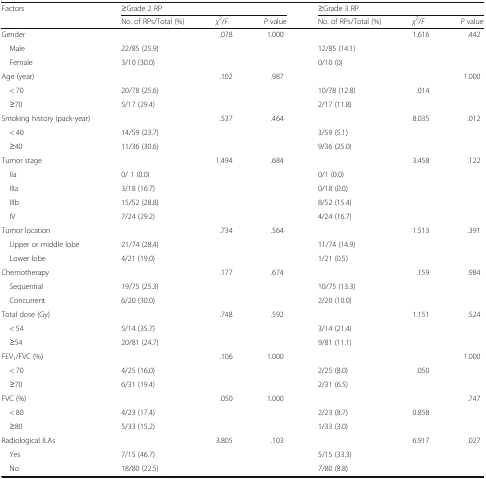
<table><thead><tr><td rowspan="2"><b>Factors</b></td><td colspan="3"><b>≥Grade 2 RP</b></td><td colspan="3"><b>≥Grade 3 RP</b></td></tr><tr><td><b>No. of RPs/Total (%)</b></td><td><b><i>χ</i><sup>2</sup>/<i>F</i></b></td><td><b><i>P</i> value</b></td><td><b>No. of RPs/Total (%)</b></td><td><b><i>χ</i><sup>2</sup>/<i>F</i></b></td><td><b><i>P</i> value</b></td></tr></thead><tbody><tr><td>Gender</td><td></td><td>.078</td><td>1.000</td><td></td><td>1.616</td><td>.442</td></tr><tr><td> Male</td><td>22/85 (25.9)</td><td></td><td></td><td>12/85 (14.1)</td><td></td><td></td></tr><tr><td> Female</td><td>3/10 (30.0)</td><td></td><td></td><td>0/10 (0)</td><td></td><td></td></tr><tr><td>Age (year)</td><td></td><td>.102</td><td>.987</td><td></td><td></td><td>1.000</td></tr><tr><td> &lt; 70</td><td>20/78 (25.6)</td><td></td><td></td><td>10/78 (12.8)</td><td>.014</td><td></td></tr><tr><td> ≥70</td><td>5/17 (29.4)</td><td></td><td></td><td>2/17 (11.8)</td><td></td><td></td></tr><tr><td>Smoking history (pack-year)</td><td></td><td>.537</td><td>.464</td><td></td><td>8.035</td><td>.012</td></tr><tr><td> &lt; 40</td><td>14/59 (23.7)</td><td></td><td></td><td>3/59 (5.1)</td><td></td><td></td></tr><tr><td> ≥40</td><td>11/36 (30.6)</td><td></td><td></td><td>9/36 (25.0)</td><td></td><td></td></tr><tr><td>Tumor stage</td><td></td><td>1.494</td><td>.684</td><td></td><td>3.458</td><td>.122</td></tr><tr><td> IIa</td><td>0/ 1 (0.0)</td><td></td><td></td><td>0/1 (0.0)</td><td></td><td></td></tr><tr><td> IIIa</td><td>3/18 (16.7)</td><td></td><td></td><td>0/18 (0.0)</td><td></td><td></td></tr><tr><td> IIIb</td><td>15/52 (28.8)</td><td></td><td></td><td>8/52 (15.4)</td><td></td><td></td></tr><tr><td> IV</td><td>7/24 (29.2)</td><td></td><td></td><td>4/24 (16.7)</td><td></td><td></td></tr><tr><td>Tumor location</td><td></td><td>.734</td><td>.564</td><td></td><td>1.513</td><td>.391</td></tr><tr><td> Upper or middle lobe</td><td>21/74 (28.4)</td><td></td><td></td><td>11/74 (14.9)</td><td></td><td></td></tr><tr><td> Lower lobe</td><td>4/21 (19.0)</td><td></td><td></td><td>1/21 (0.5)</td><td></td><td></td></tr><tr><td>Chemotherapy</td><td></td><td>.177</td><td>.674</td><td></td><td>.159</td><td>.984</td></tr><tr><td> Sequential</td><td>19/75 (25.3)</td><td></td><td></td><td>10/75 (13.3)</td><td></td><td></td></tr><tr><td> Concurrent</td><td>6/20 (30.0)</td><td></td><td></td><td>2/20 (10.0)</td><td></td><td></td></tr><tr><td>Total dose (Gy)</td><td></td><td>.748</td><td>.592</td><td></td><td>1.151</td><td>.524</td></tr><tr><td> &lt; 54</td><td>5/14 (35.7)</td><td></td><td></td><td>3/14 (21.4)</td><td></td><td></td></tr><tr><td> ≥54</td><td>20/81 (24.7)</td><td></td><td></td><td>9/81 (11.1)</td><td></td><td></td></tr><tr><td>FEV<sub>1</sub>/FVC (%)</td><td></td><td>.106</td><td>1.000</td><td></td><td></td><td>1.000</td></tr><tr><td> &lt; 70</td><td>4/25 (16.0)</td><td></td><td></td><td>2/25 (8.0)</td><td>.050</td><td></td></tr><tr><td> ≥70</td><td>6/31 (19.4)</td><td></td><td></td><td>2/31 (6.5)</td><td></td><td></td></tr><tr><td>FVC (%)</td><td></td><td>.050</td><td>1.000</td><td></td><td></td><td>.747</td></tr><tr><td> &lt; 80</td><td>4/23 (17.4)</td><td></td><td></td><td>2/23 (8.7)</td><td>0.858</td><td></td></tr><tr><td> ≥80</td><td>5/33 (15.2)</td><td></td><td></td><td>1/33 (3.0)</td><td></td><td></td></tr><tr><td>Radiological ILAs</td><td></td><td>3.805</td><td>.103</td><td></td><td>6.917</td><td>.027</td></tr><tr><td> Yes</td><td>7/15 (46.7)</td><td></td><td></td><td>5/15 (33.3)</td><td></td><td></td></tr><tr><td> No</td><td>18/80 (22.5)</td><td></td><td></td><td>7/80 (8.8)</td><td></td><td></td></tr></tbody></table>